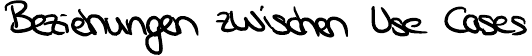
Beziehungen zwischen Use Cases